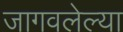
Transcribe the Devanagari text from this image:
जागवलेल्या